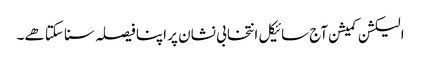
الیکشن کمیشن آج سائیکل انتخابی نشان پر اپنا فیصلہ سنا سکتا هے۔